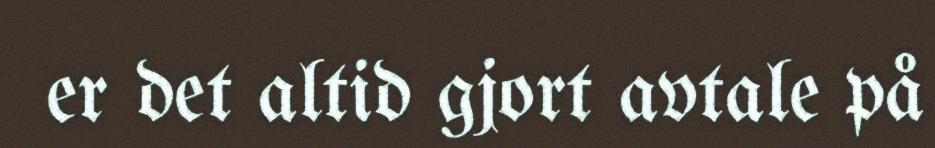
er det altid gjort avtale på